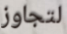
لتجاوز